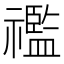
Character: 𥜓